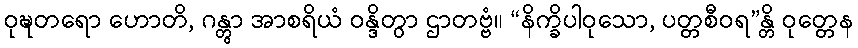
ဝုဍ္ဎတရော ဟောတိ, ဂန္တွာ အာစရိယံ ဝန္ဒိတွာ ဌာတဗ္ဗံ။ “နိက္ခိပါဝုသော, ပတ္တစီဝရ”န္တိ ဝုတ္တေန